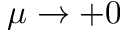
\mu \to + 0